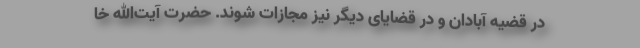
در قضیه آبادان و در قضایای دیگر نیز مجازات شوند. حضرت آیت‌الله خا